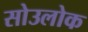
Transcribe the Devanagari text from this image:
सोउलोक